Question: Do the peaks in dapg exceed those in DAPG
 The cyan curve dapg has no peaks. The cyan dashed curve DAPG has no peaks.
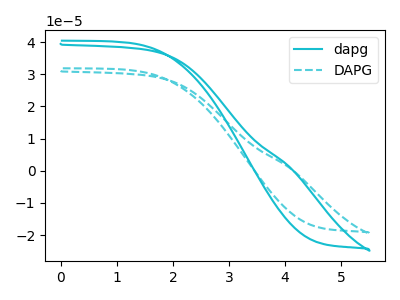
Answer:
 <answer>Niether CV has any peaks.</answer>
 <eval>blanks</eval>